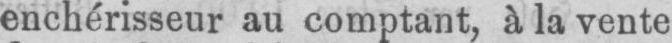
enchérisseur au comptant, à la vente